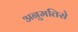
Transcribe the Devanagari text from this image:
अनुमतिसे